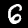
Label: 6